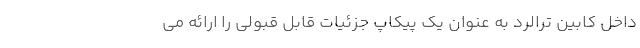
داخل کابین تِرالُرد به عنوان یک پیکاپ جزئیات قابل قبولی را ارائه می